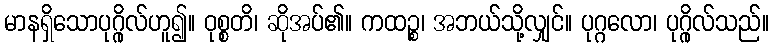
မာနရှိသောပုဂ္ဂိုလ်ဟူ၍။ ဝုစ္စတိ၊ ဆိုအပ်၏။ ကထဉ္စ၊ အဘယ်သို့လျှင်။ ပုဂ္ဂလော၊ ပုဂ္ဂိုလ်သည်။